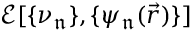
\mathcal { E } [ \{ \nu _ { \mathfrak { n } } \} , \{ \psi _ { \mathfrak { n } } ( \vec { r } ) \} ]